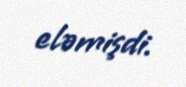
eləmişdi.